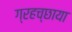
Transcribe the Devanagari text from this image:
ग्रहच्छाया